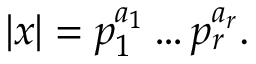
| x | = p _ { 1 } ^ { a _ { 1 } } \ldots p _ { r } ^ { a _ { r } } .